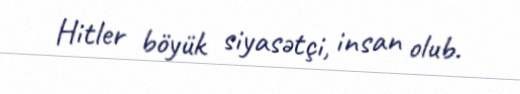
Hitler böyük siyasətçi, insan olub.